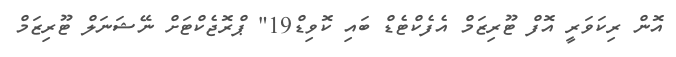
އޮން ރިކަވަރީ އޮފް ޓޫރިޒަމް އެފެކްޓެޑް ބައި ކޮވިޑް19" ޕްރޮޖެކްޓަށް ނޭޝަނަލް ޓޫރިޒަމް